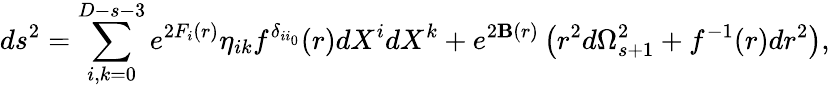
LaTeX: ds^{2}=\sum_{i,k=0}^{D-s-3}e^{2F_{i}(r)}\eta_{ik}f^{\delta_{ii_{0}}}(r)dX^{i}dX^{k}+e^{2\mathbf{B}(r)}\left(r^{2}d\Omega_{s+1}^{2}+f^{-1}(r)dr^{2}\right),